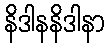
နိဒါနနိဒါနာ